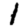
Digit: 1